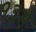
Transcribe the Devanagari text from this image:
१३मे